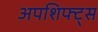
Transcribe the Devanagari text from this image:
अपशिफ्ट्स